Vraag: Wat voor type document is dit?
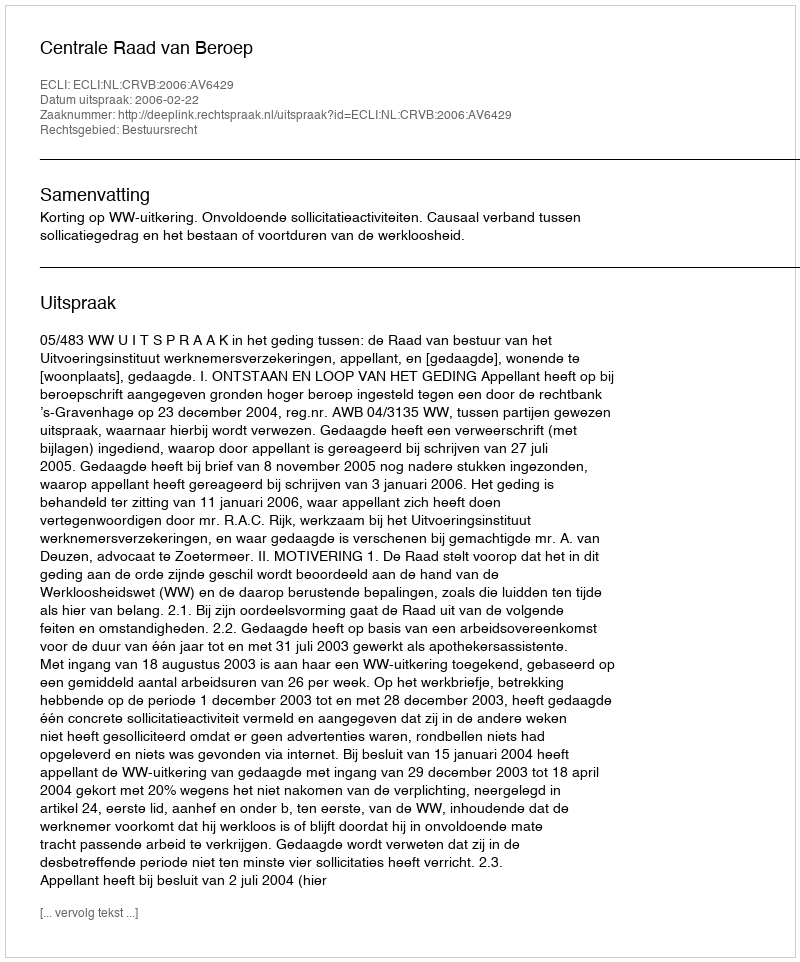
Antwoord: Uitspraak